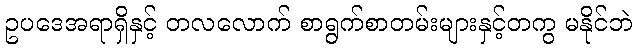
ဥပဒေအရာရှိနှင့် တလလောက် စာရွက်စာတမ်းများနှင့်တကွ မနိုင်ဘဲ